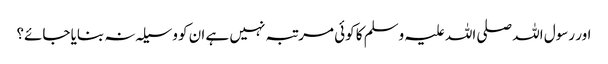
اور رسول اللہ صلی اللہ علیہ وسلم کا کوئی مرتبہ نہیں ہے ان کو وسیلہ نہ بنایا جائے؟